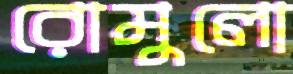
রোমুলো